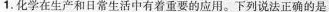
1.化学在生产和日常生活中有着重要的应用。下列说法正确的是